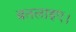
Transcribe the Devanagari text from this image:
बतलाइए।